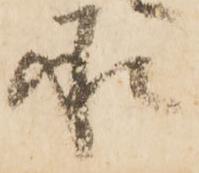
承